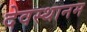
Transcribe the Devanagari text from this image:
देवस्‍थानम